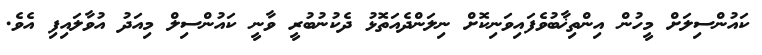
ކައުންސިލަށް މީހުން އިންތިޚާބުވެފައިވަނިކޮށް ނިލަންދެއަތޮޅު ދެކުނުބުރީ ވާނީ ކައުންސިލް މިއަދު އުވާލައިފި އެވެ.